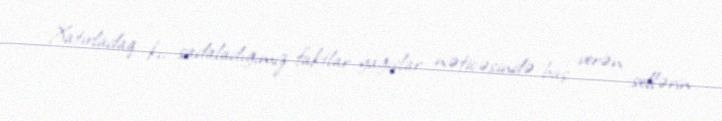
Xatırladaq ki, sadaladığımız faktlar yağışlar nəticəsində baş verən sellərin